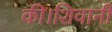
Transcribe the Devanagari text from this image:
की।शिवानी